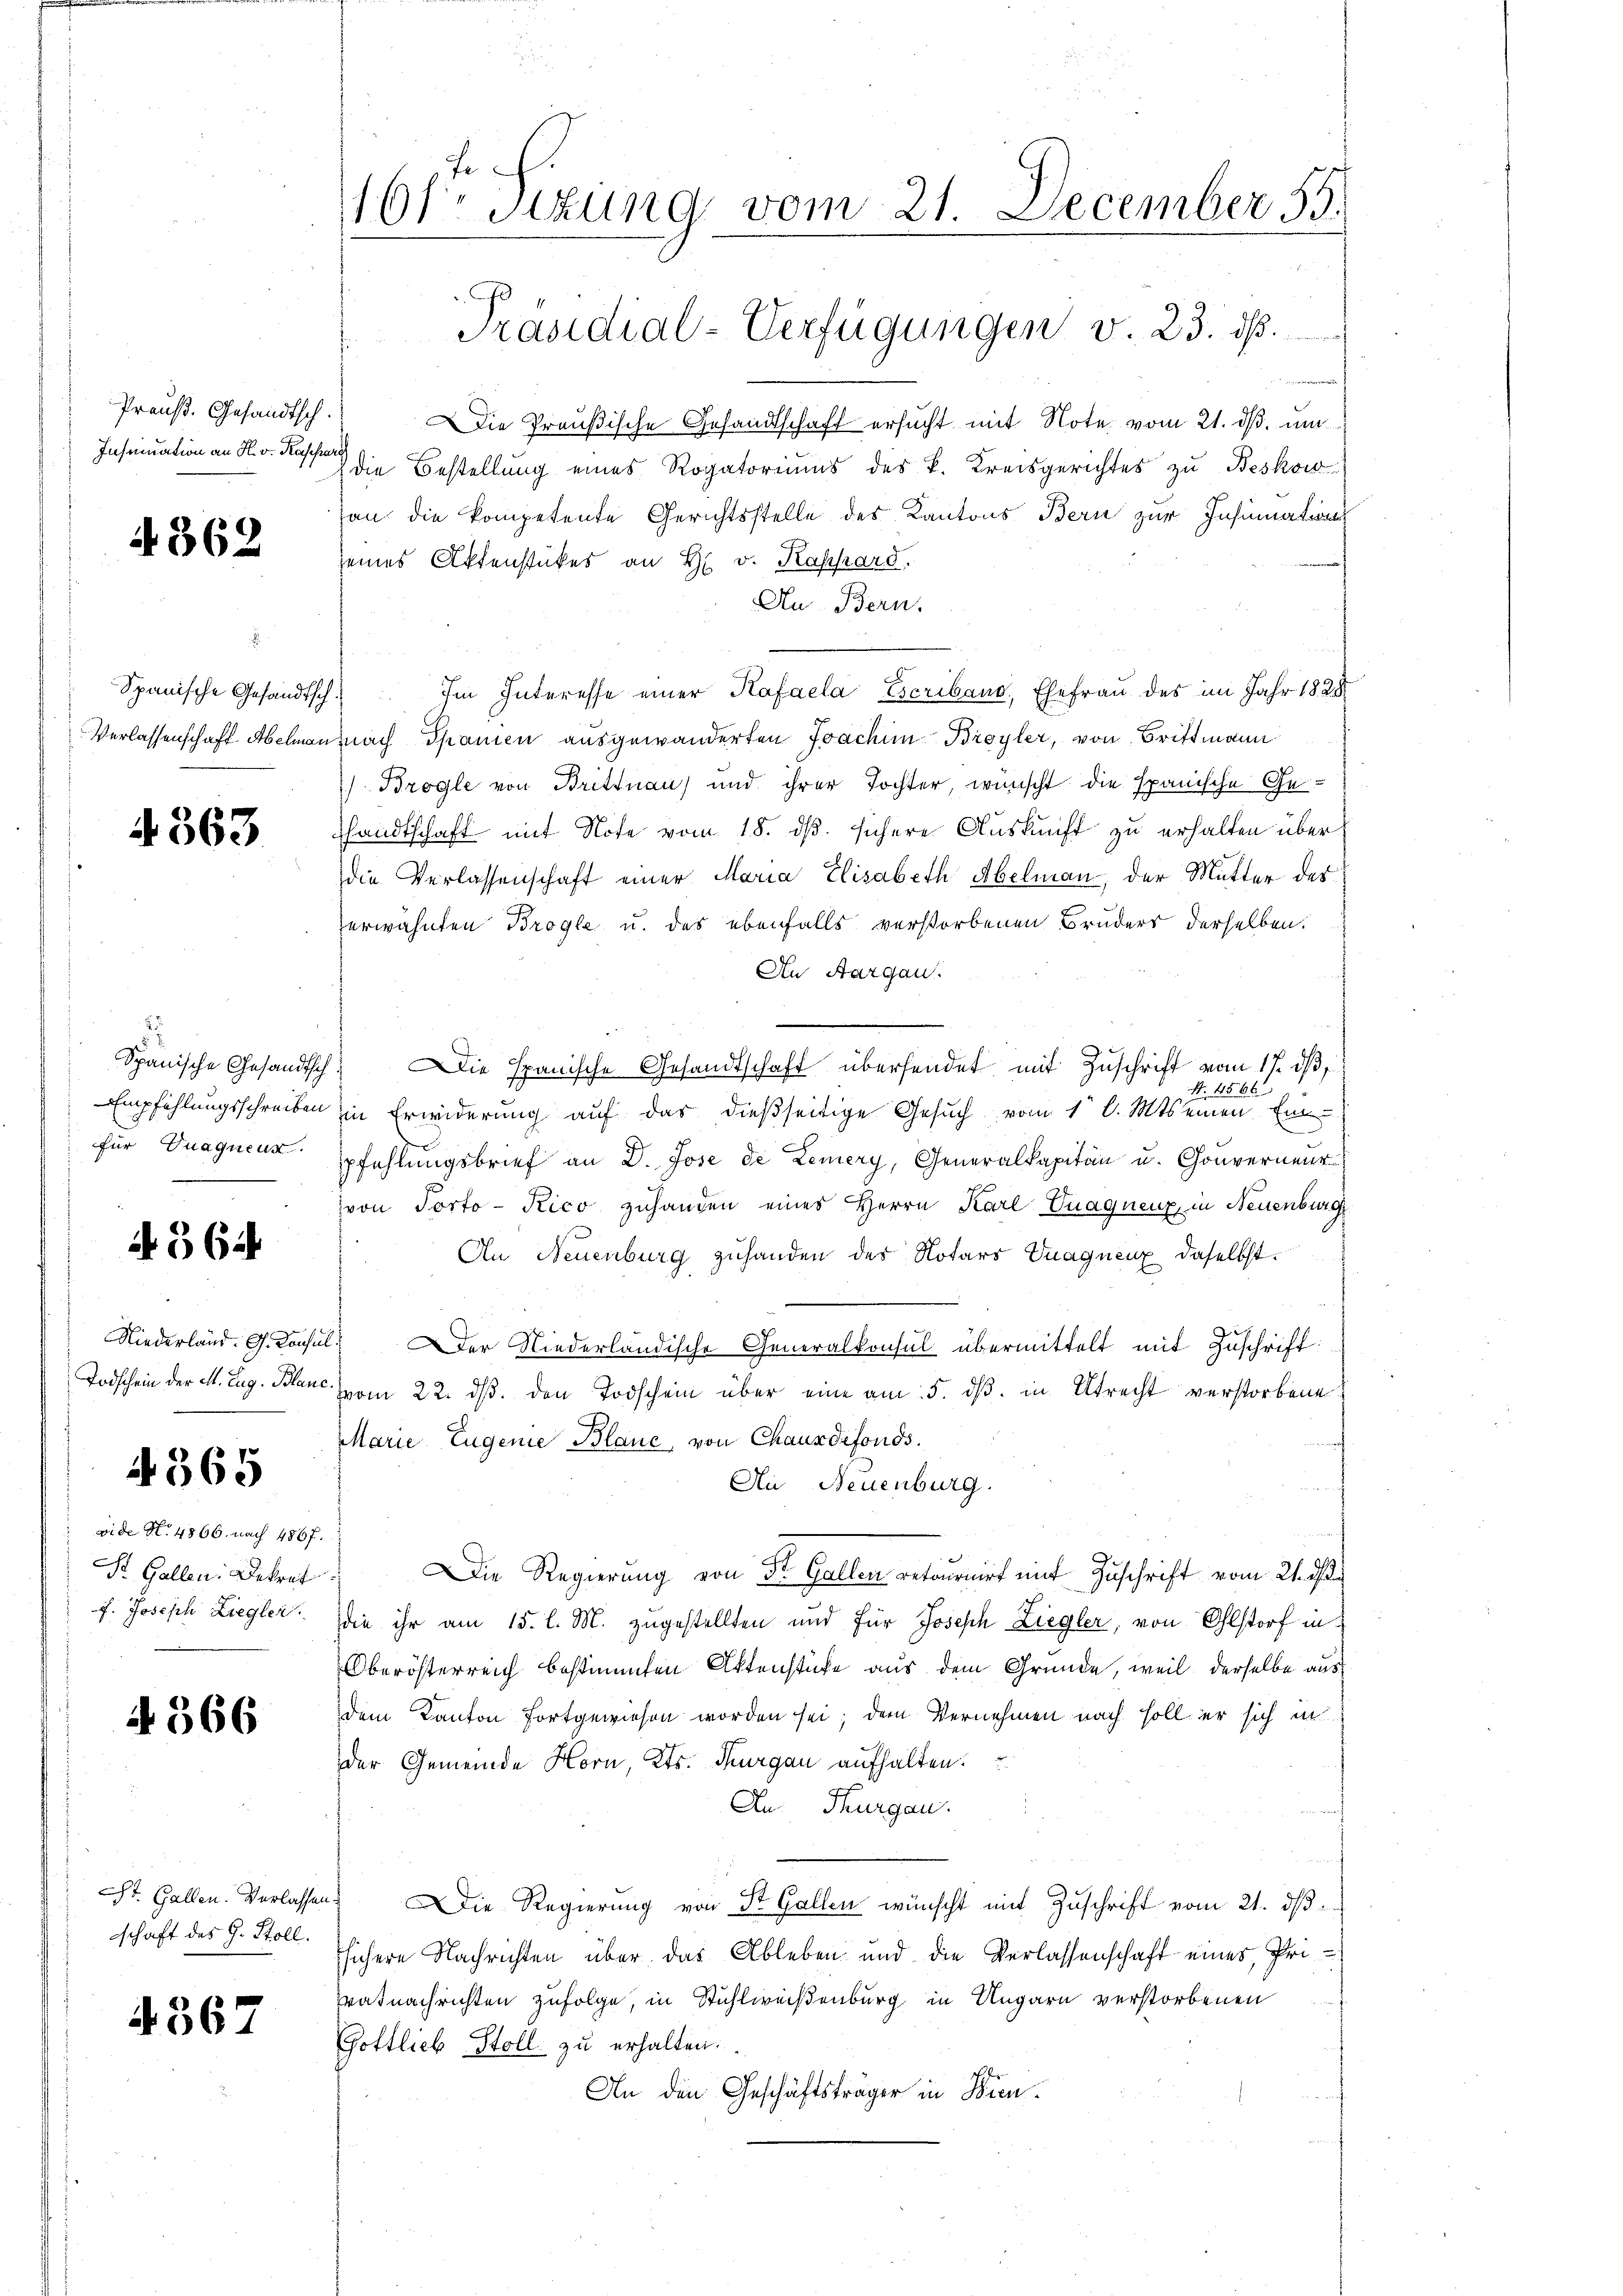
Preuß. Gesandtsch
Insinuation an H. v. Kase

4362

Spanische Gesandtsch
Verlassenschaft Abelma

4363

2
Spanische Gesandtsch
Empfehlungsschreiben
für Duagueur.

4564

Niederland. G. Consu
Todschein der elt. Zug. Blanc

4365

vide N. 4866. nach 486 f
St. Gallen: Dekret
f. Joseph Ziegler.

4566

St. Gallen. Verlasse.
schaft des G. Stoll.

4367

16f Sizung vom 21. December 53.
Präsidial-Verfügungen v. 23. d.

DDie Preußische Gesandtschaft ersucht mit Note vom 21. ds. um
ach
die Bestellung eines Rogatoriums des k. Kreisgerichtes zu Beskow
von die kompetente Gerichtsstelle des Kantons Bern zur Insinuation
seines Aktenstückes an H. v. Kathard.
Au- Bern.
Im Interesse einer Kafaela Escribano, Ehefrau des im Jahr 1828
Nach Spanien ausgewanderten Joachim Broyler, von Brittmann
) Brogle von Brittnau) und ihrer Tochter, wünscht die Spanische Gehandtschaft mit Note vom 18. ds. sichere Auskunft zu erhalten über
die Verlassenschaft einer Maria Elisabeth Abelman, der Mutter des
erwähnten Brogle u. des ebenfalls verstorbenen Bruders derselben
An Aargau.
 Die Spanische Gesandtschaft übersendet mit Zuschrift vom 17. ds
S. 4566
iin Erwiderung auf das dießseitige Gesuch vom 1 l. Mts. einen Ein-
pfehlungsbrief an D. Jose de Lemery, Generalkapitän u. Gouverneur
von Porto-Kico zuhanden eines Herrn Karl Duagnenz in Neuenburg
An Neuenburg zuhanden des Notars Vuaquenz daselbst.
 Der Niederländische Generalkonsul übermittelt mit Zuschrift:
vom 22. ds. den Todschein über eine am 5. ds. in Utrecht verstorbene
Marie, Eugenie Blanc, von Chauxdefonds.
Ai Neuenburg.
 Die Regierung von St. Gallen retournirt mit Zuschrift vom 21. de
die ihr am 15. l. M. zugestellten und für Joseph Ziegler, von Olstorf in
Oberösterreich bestimmten Aktenstufe aus dem Gründe, weil derselbe aus
dem Kanton fortgewiesen worden sei; dem Vernehmen nach soll er sich in
der Gemeinde Horn, Kts. Thurgau aufhalten.
An Thurgau.
u
Die Regierung von St. Gallen wünscht mit Zuschrift vom 21. ds.
fsichere Nachrichten über das Ableben und die Verlassenschaft eines, Pri-
vatnachrichten zufolge, in Stühlweisenburg in Ungarn verstorbenen
Gottlieb Stoll zu erhalten.
An den Geschäftsträger in Bien¬